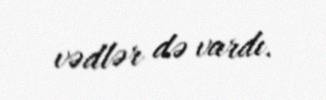
vədlər də vardı.